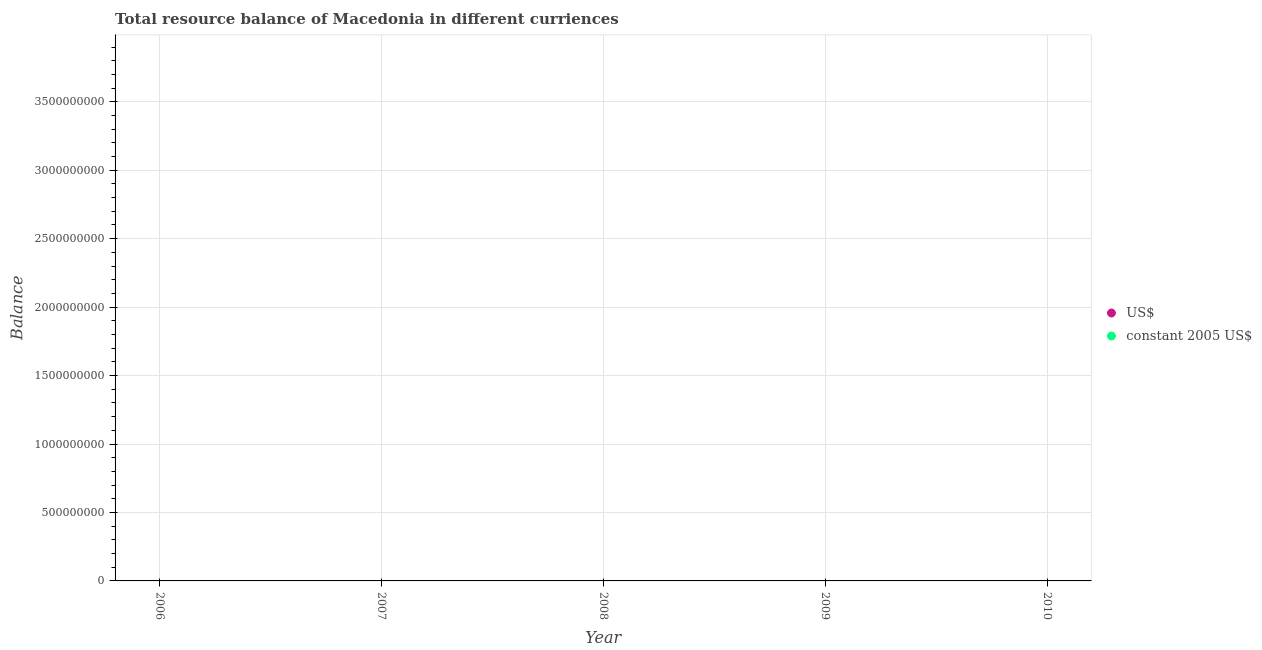
| Year | US$ | constant 2005 US$ |
 | --- | --- | --- |
 | 2006 | -1.16e+09 | -5.68e+10 |
 | 2007 | -1.49e+09 | -6.66e+10 |
 | 2008 | -2.49e+09 | -1.04e+11 |
 | 2009 | -2.03e+09 | -8.94e+10 |
 | 2010 | -1.72e+09 | -8e+10 |